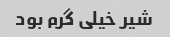
شیر خیلی گرم بود